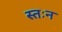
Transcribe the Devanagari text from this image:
स्तःन